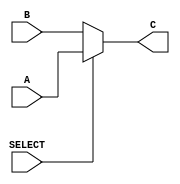
module mux_2_to_1 #(
    parameter WIDTH = 4
) (
    //0 = no reg --> A, 1 = reg --> B
    input [WIDTH - 1: 0] A,B,
    input SELECT,
    
    output [WIDTH - 1: 0]C
);
    assign C = (SELECT == 1)? A: B;
endmodule